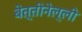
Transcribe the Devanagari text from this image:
बेत्तीनेल्ली